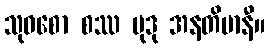
သုဝစော စဿ မုဒု အနတိမာနီ။